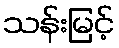
သန်းမြင့်